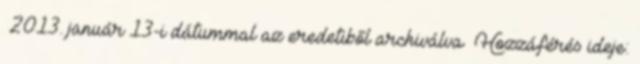
2013. január 13-i dátummal az eredetiből archiválva Hozzáférés ideje: